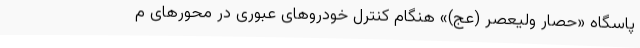
پاسگاه «حصار ولیعصر (عج)» هنگام کنترل خودروهای عبوری در محورهای م